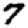
Digit: 7